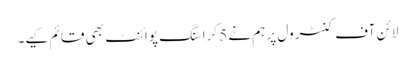
لائن آف کنٹرول پر ہم نے 5 کراسنگ پوائنٹ بھی قائم کیے۔